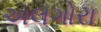
અલગોરા